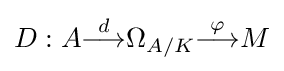
D:A{\stackrel {d}{\longrightarrow }}\Omega _{A/K}{\stackrel {\varphi }{\longrightarrow }}M